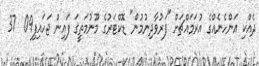
ދެއްކި އަންހެނެއްގެ އުރަމައްޗަށް "ފަރުވާދިނުމުން" ޑޮކްޓަރުގެ މޫނުމަތީގަ ފައިން ޖަހައިފި09  37